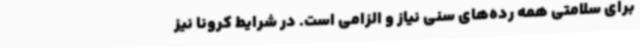
برای سلامتی همه رده‌های سنی نیاز و الزامی است. در شرایط کرونا نیز